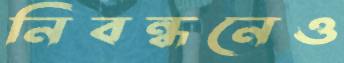
নিবন্ধনেও